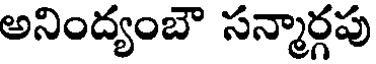
అనింద్యంబౌ సన్మార్గపు